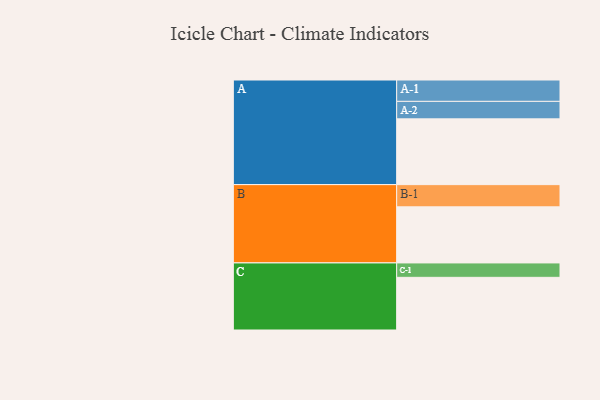
{"axis": {"x": "Segment", "y": "Value"}, "legend": ["", "A", "B", "C"], "data": [{"x": "A", "y": 557, "type": ""}, {"x": "B", "y": 475, "type": ""}, {"x": "C", "y": 446, "type": ""}, {"x": "A-1", "y": 181, "type": "A"}, {"x": "A-2", "y": 148, "type": "A"}, {"x": "B-1", "y": 188, "type": "B"}, {"x": "C-1", "y": 122, "type": "C"}]}